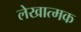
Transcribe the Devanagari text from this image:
लेखात्मक